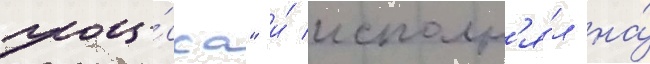
проце́сса" и́ исполн'я́л на́